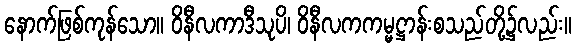
နောက်ဖြစ်ကုန်သော။ ဝိနီလကာဒီသုပိ၊ ဝိနီလကကမ္မဋ္ဌာန်းစသည်တို့၌လည်း။